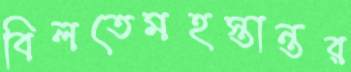
বিলতেমহস্তান্তর